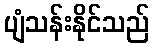
ပျံသန်းနိုင်သည်